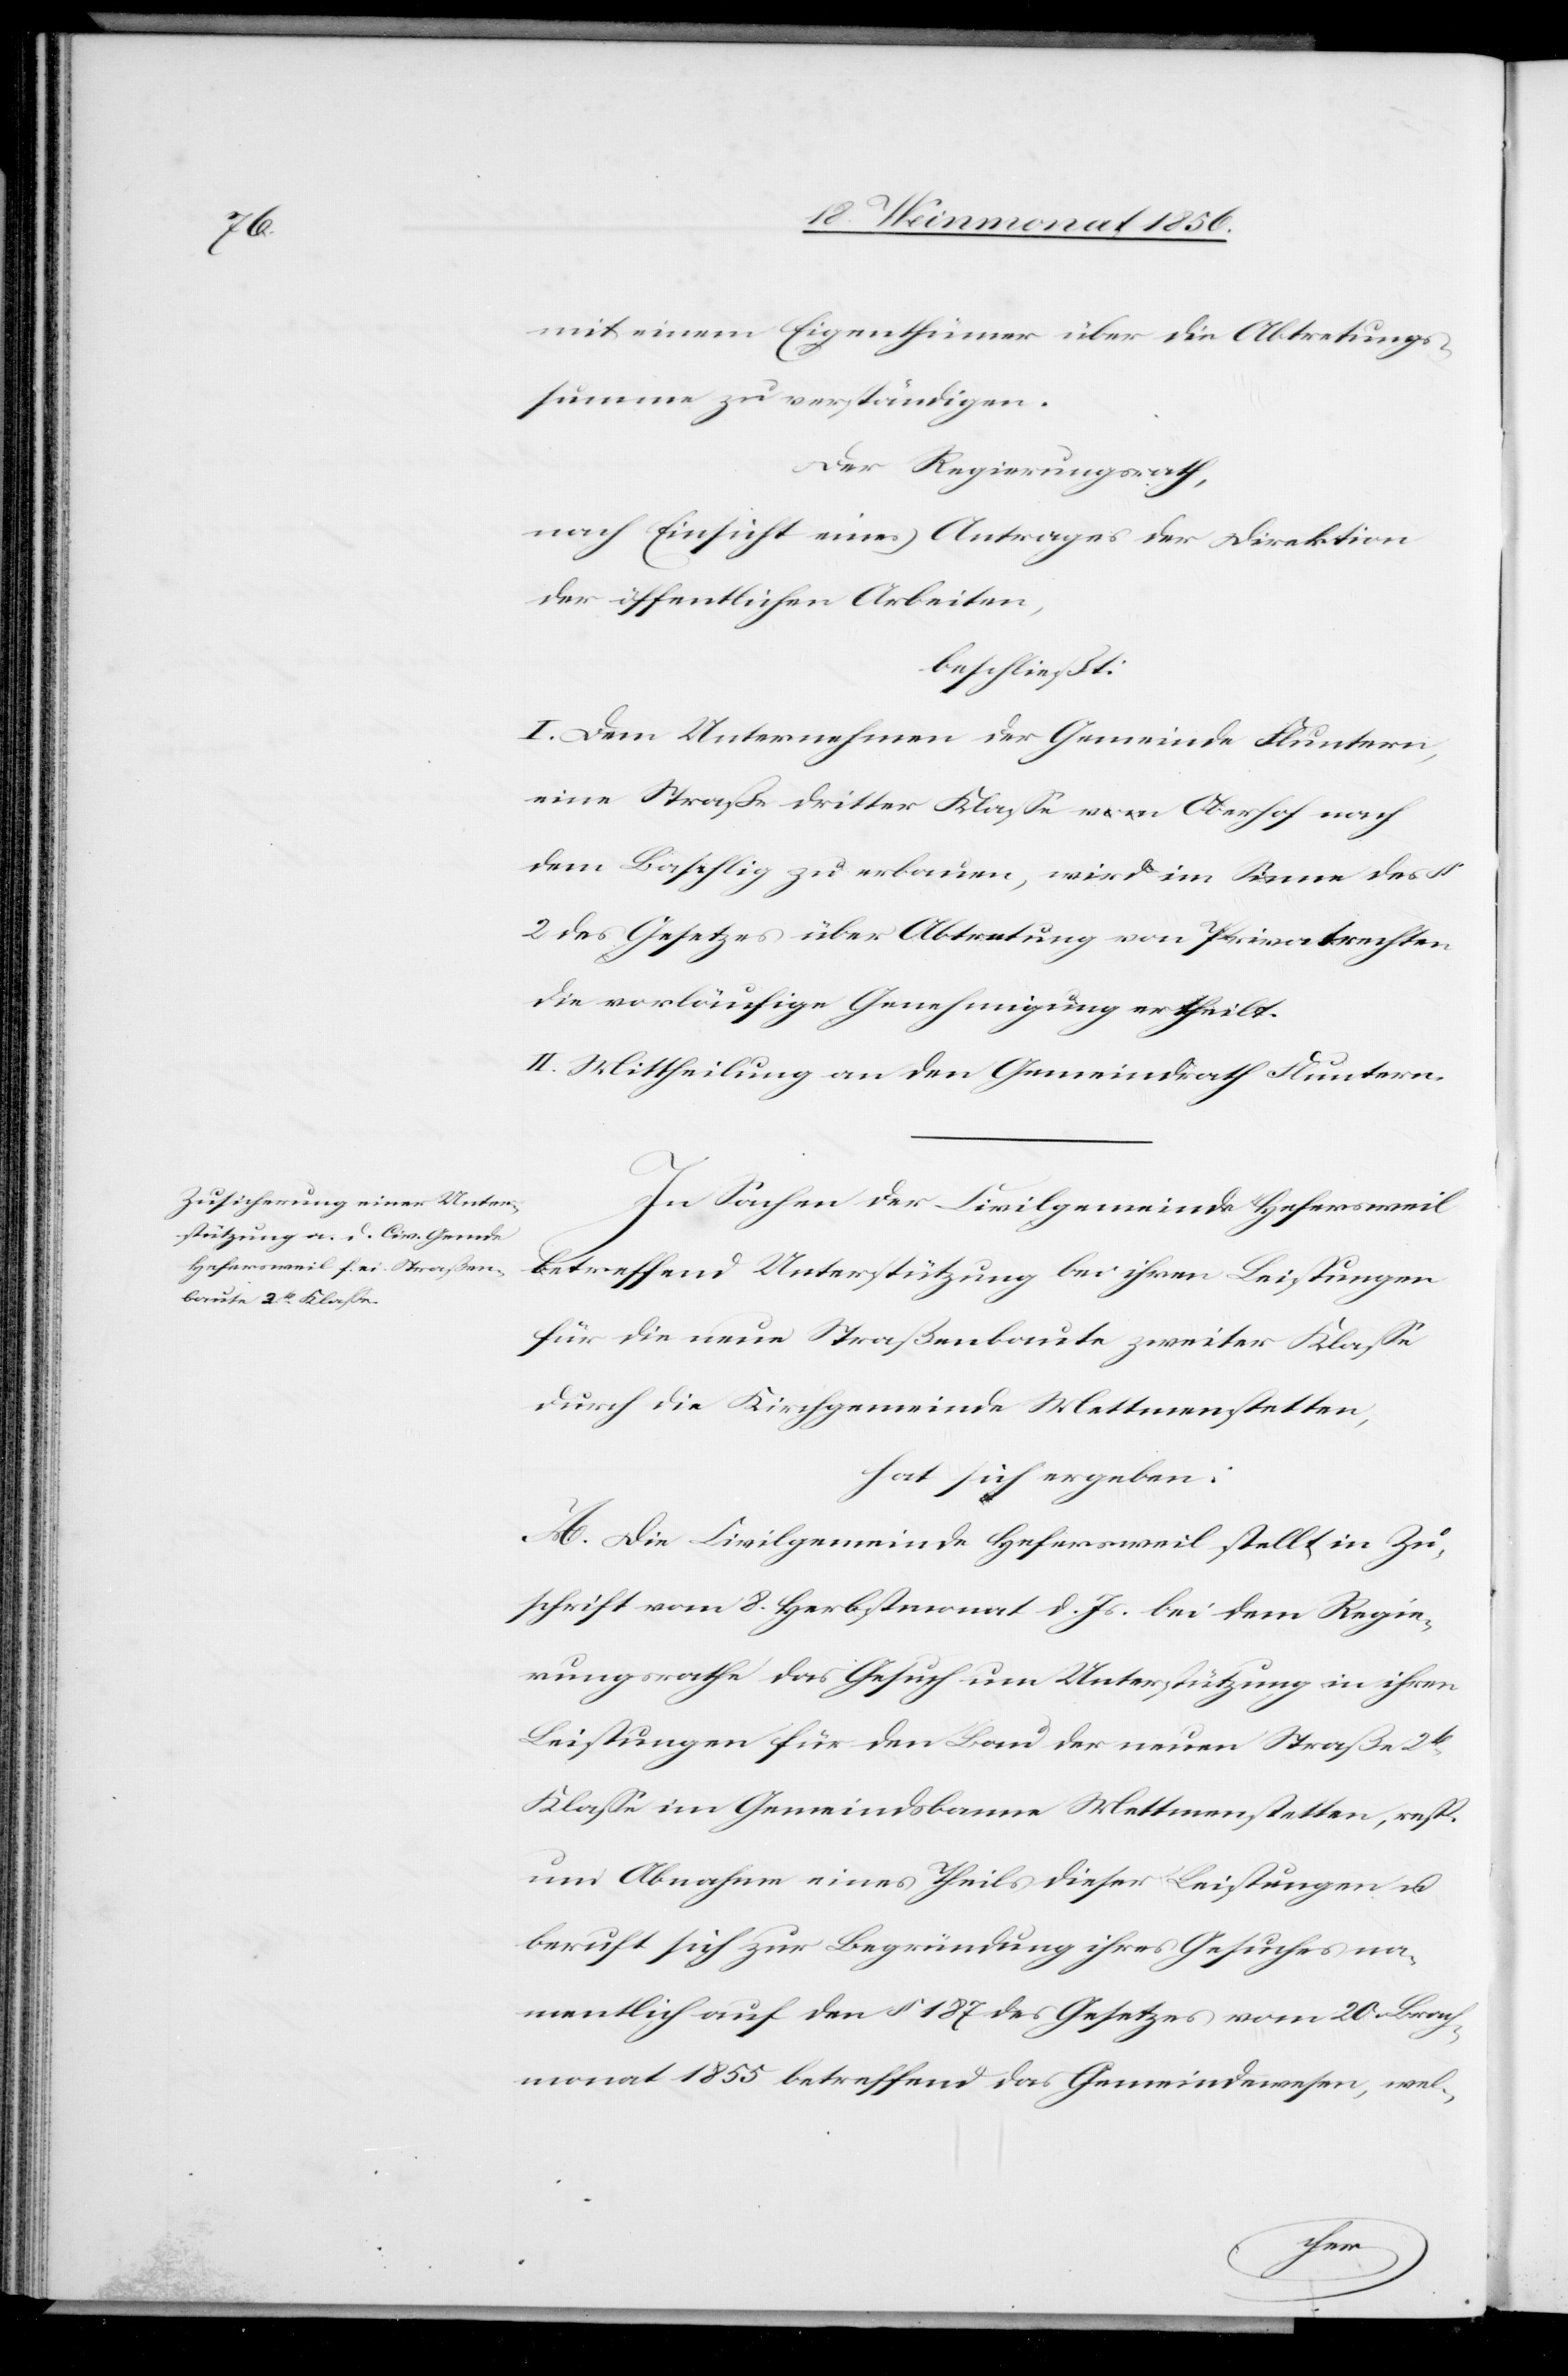
mit einem Eigenthümer über die Abtretungs¬
summe zu verständigen.
Der Regierungsrath,
nach Einsicht eines Antrages der Direktion
der öffentlichen Arbeiten,
beschließt:
I. Dem Unternehmen der Gemeinde Fluntern,
eine Straße dritter Klasse vom Oberhof nach
dem Baschlig zu erbauen, wird im Sinne des §
2 des Gesetzes über Abtretung von Privatrechten
die vorläufige Genehmigung ertheilt.
II. Mittheilung an den Gemeindrath Fluntern.
In Sachen der Civilgemeinde Hefersweil
betreffend Unterstützung bei ihren Leistungen
für die neue Straßenbaute zweiter Klasse
durch die Kirchgemeinde Mettmenstetten,
hat sich ergeben:
A. Die Civilgemeinde Hefersweil stellt in Zu¬
schrift vom 8. Herbstmonat d. Js. bei dem Regie¬
rungsrathe das Gesuch um Unterstützung in ihren
Leistungen für den Bau der neuen Straße 2t
Klasse im Gemeindsbanne Mettmenstetten, resp.
um Abnahme eines Theils dieser Leistungen u.
beruft sich zur Begründung ihres Gesuches na¬
mentlich auf den § 187 des Gesetzes vom 20. Brach¬
monat 1855 betreffend das Gemeindewesen, wel-